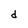
Character: d